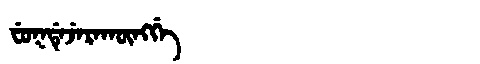
Manchu: ᠸᡠᡴᡩᡝᠵᡝᡵᠠᡴᡡᠩᡤᡝ
Romanization: FUKDEJERAKŪNGGE